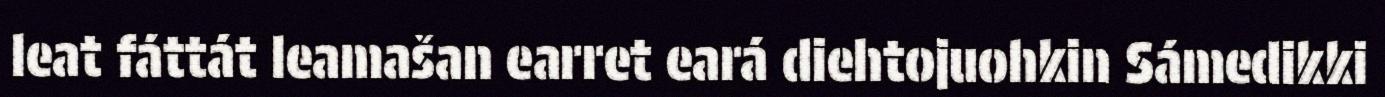
leat fáttát leamašan earret eará diehtojuohkin Sámedikki